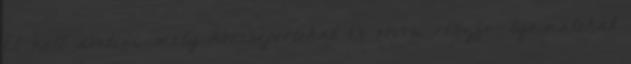
El kell dönteni, mely kórcsoportokat és orvosi részfo- lyamatokat